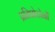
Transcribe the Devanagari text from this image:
प्रतिप्रोटोनों